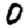
Digit: 0